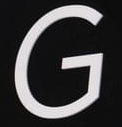
G